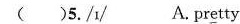
( )5./ɪ/ A. pr\underline{e}tty